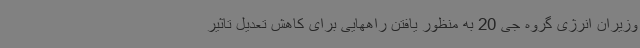
وزیران انرژی گروه جی 20 به منظور یافتن راههایی برای کاهش تعدیل تاثیر